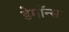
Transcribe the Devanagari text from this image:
डेमॉन्स